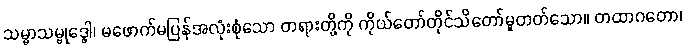
သမ္မာသမ္ဗုဒ္ဓေါ၊ မဖောက်မပြန်အလုံးစုံသော တရားတို့ကို ကိုယ်တော်တိုင်သိတော်မူတတ်သော။ တထာဂတော၊